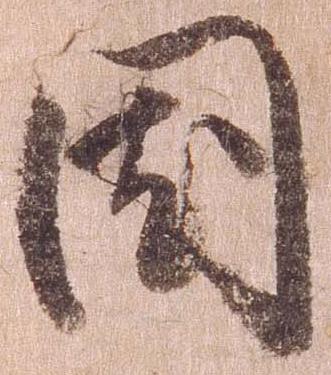
国